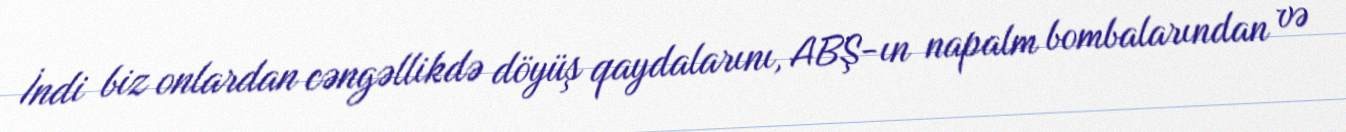
İndi biz onlardan cəngəllikdə döyüş qaydalarını, ABŞ-ın napalm bombalarından və